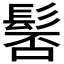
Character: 𩭍